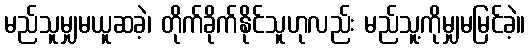
မည်သူမျှမယူဆခဲ့၊ တိုက်ခိုက်နိုင်သူဟုလည်း မည်သူ့ကိုမျှမမြင်ခဲ့။